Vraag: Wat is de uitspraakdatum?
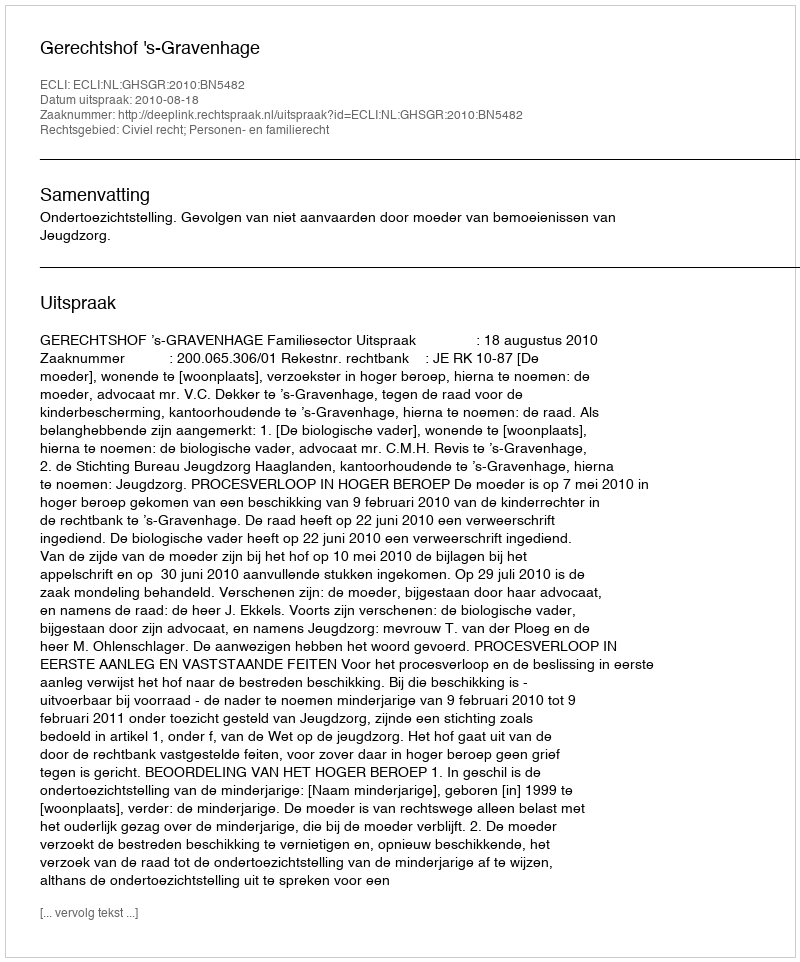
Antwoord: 2010-08-18